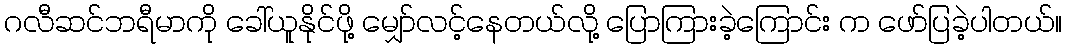
ဂလီဆင်ဘရီမာကို ခေါ်ယူနိုင်ဖို့ မျှော်လင့်နေတယ်လို့ ပြောကြားခဲ့ကြောင်း က ဖော်ပြခဲ့ပါတယ်။